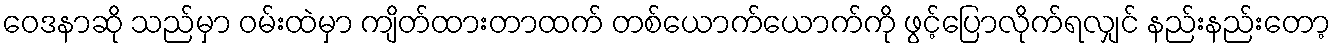
ဝေဒနာဆို သည်မှာ ဝမ်းထဲမှာ ကျိတ်ထားတာထက် တစ်ယောက်ယောက်ကို ဖွင့်ပြောလိုက်ရလျှင် နည်းနည်းတော့